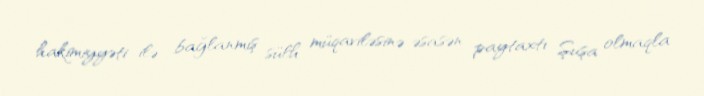
hakimiyyəti ilə bağlanmış sülh müqaviləsinə əsasən paytaxtı Şuşa olmaqla